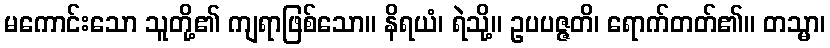
မကောင်းသော သူတို့၏ ကျရာဖြစ်သော။ နိရယံ၊ ရဲသို့။ ဥပပဇ္ဇတိ၊ ရောက်တတ်၏။ တသ္မာ၊